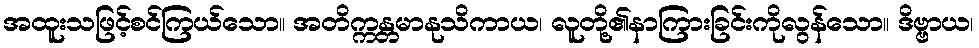
အထူးသဖြင့်စင်ကြယ်သော။ အတိက္ကန္တမာနုသိကာယ၊ လူတို့၏နာကြားခြင်းကိုလွန်သော။ ဒိဗ္ဗာယ၊